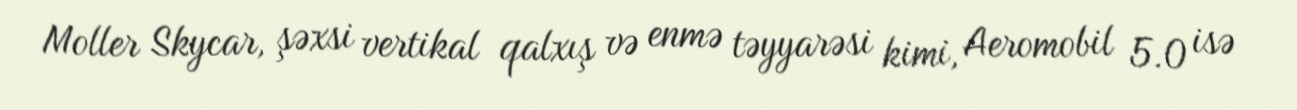
Moller Skycar, şəxsi vertikal qalxış və enmə təyyarəsi kimi, Aeromobil 5.0 isə